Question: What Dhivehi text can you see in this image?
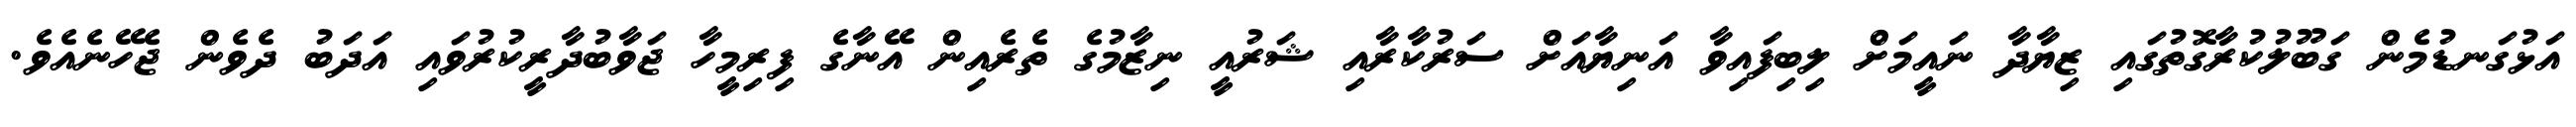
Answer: އަޅުގަނޑުމެން ގަބޫލުކުރާގޮތުގައި ޒިޔާދާ ނައީމަށް ލިބިފައިވާ އަނިޔާއަށް ސަރުކާރާއި ޝަރުއީ ނިޒާމުގެ ތެރެއިން އޭނާގެ ފިރިމީހާ ޖަވާބުދާރީކުރުވައި އަދަބު ދެވެން ޖެހޭނެއެވެ.